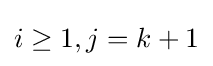
i\geq 1,j=k+1